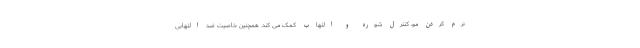
نرم کردن مو، کنترل شوره و التهاب کمک می کند. همچنین خاصیت ضد التهابی